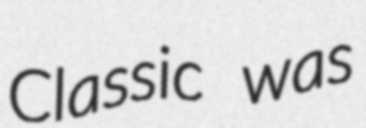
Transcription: Classic was